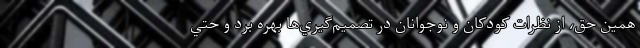
همين حق، از نظرات كودكان و نوجوانان در تصميم‌گيري‌ها بهره برد و حتي